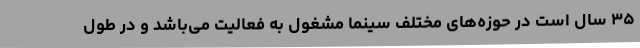
۳۵ سال است در حوزه‌های مختلف سینما مشغول به فعالیت می‌باشد و در طول